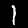
Label: 1